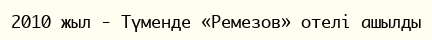
2010 жыл - Түменде «Ремезов» отелі ашылды